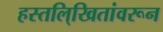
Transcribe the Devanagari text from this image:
हस्तलि्खितांवरून